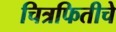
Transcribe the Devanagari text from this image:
चित्रफितीचे